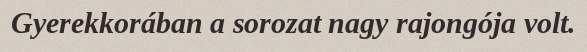
Gyerekkorában a sorozat nagy rajongója volt.